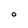
Character: O